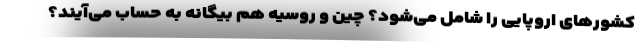
کشورهای اروپایی را شامل می‌شود؟ چین و روسیه هم بیگانه به حساب می‌آیند؟